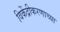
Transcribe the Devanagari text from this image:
विकेंद्रीकरणाच्या